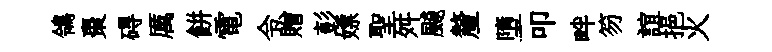
鴒棗碍厲餅電令贈彭嫖聖舛飇釐墮叩畔笏誼挹火